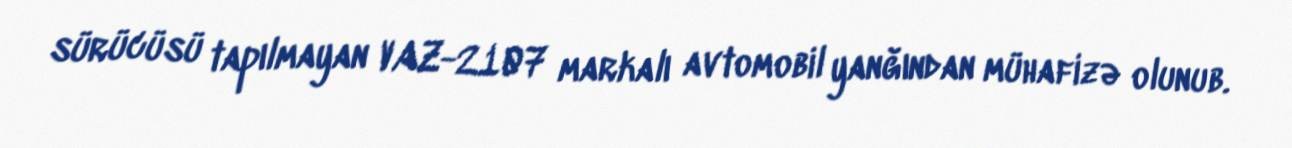
sürücüsü tapılmayan VAZ-2107 markalı avtomobil yanğından mühafizə olunub.